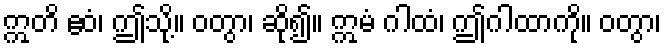
ဣတိ ဧဝံ၊ ဤသို့။ ဝတွာ၊ ဆို၍။ ဣမံ ဂါထံ၊ ဤဂါထာကို။ ဝတွာ၊